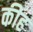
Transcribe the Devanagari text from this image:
कीह